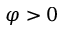
\varphi > 0